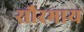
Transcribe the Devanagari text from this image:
सौरभाय